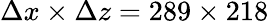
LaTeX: \Delta x\times\Delta z=289\times 218